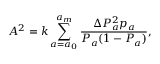
A ^ { 2 } = k \sum _ { a = a _ { 0 } } ^ { a _ { m } } \frac { \Delta P _ { a } ^ { 2 } p _ { a } } { P _ { a } ( 1 - P _ { a } ) } ,